Vabadussoja_Ajaloo_Komitee, lk 10
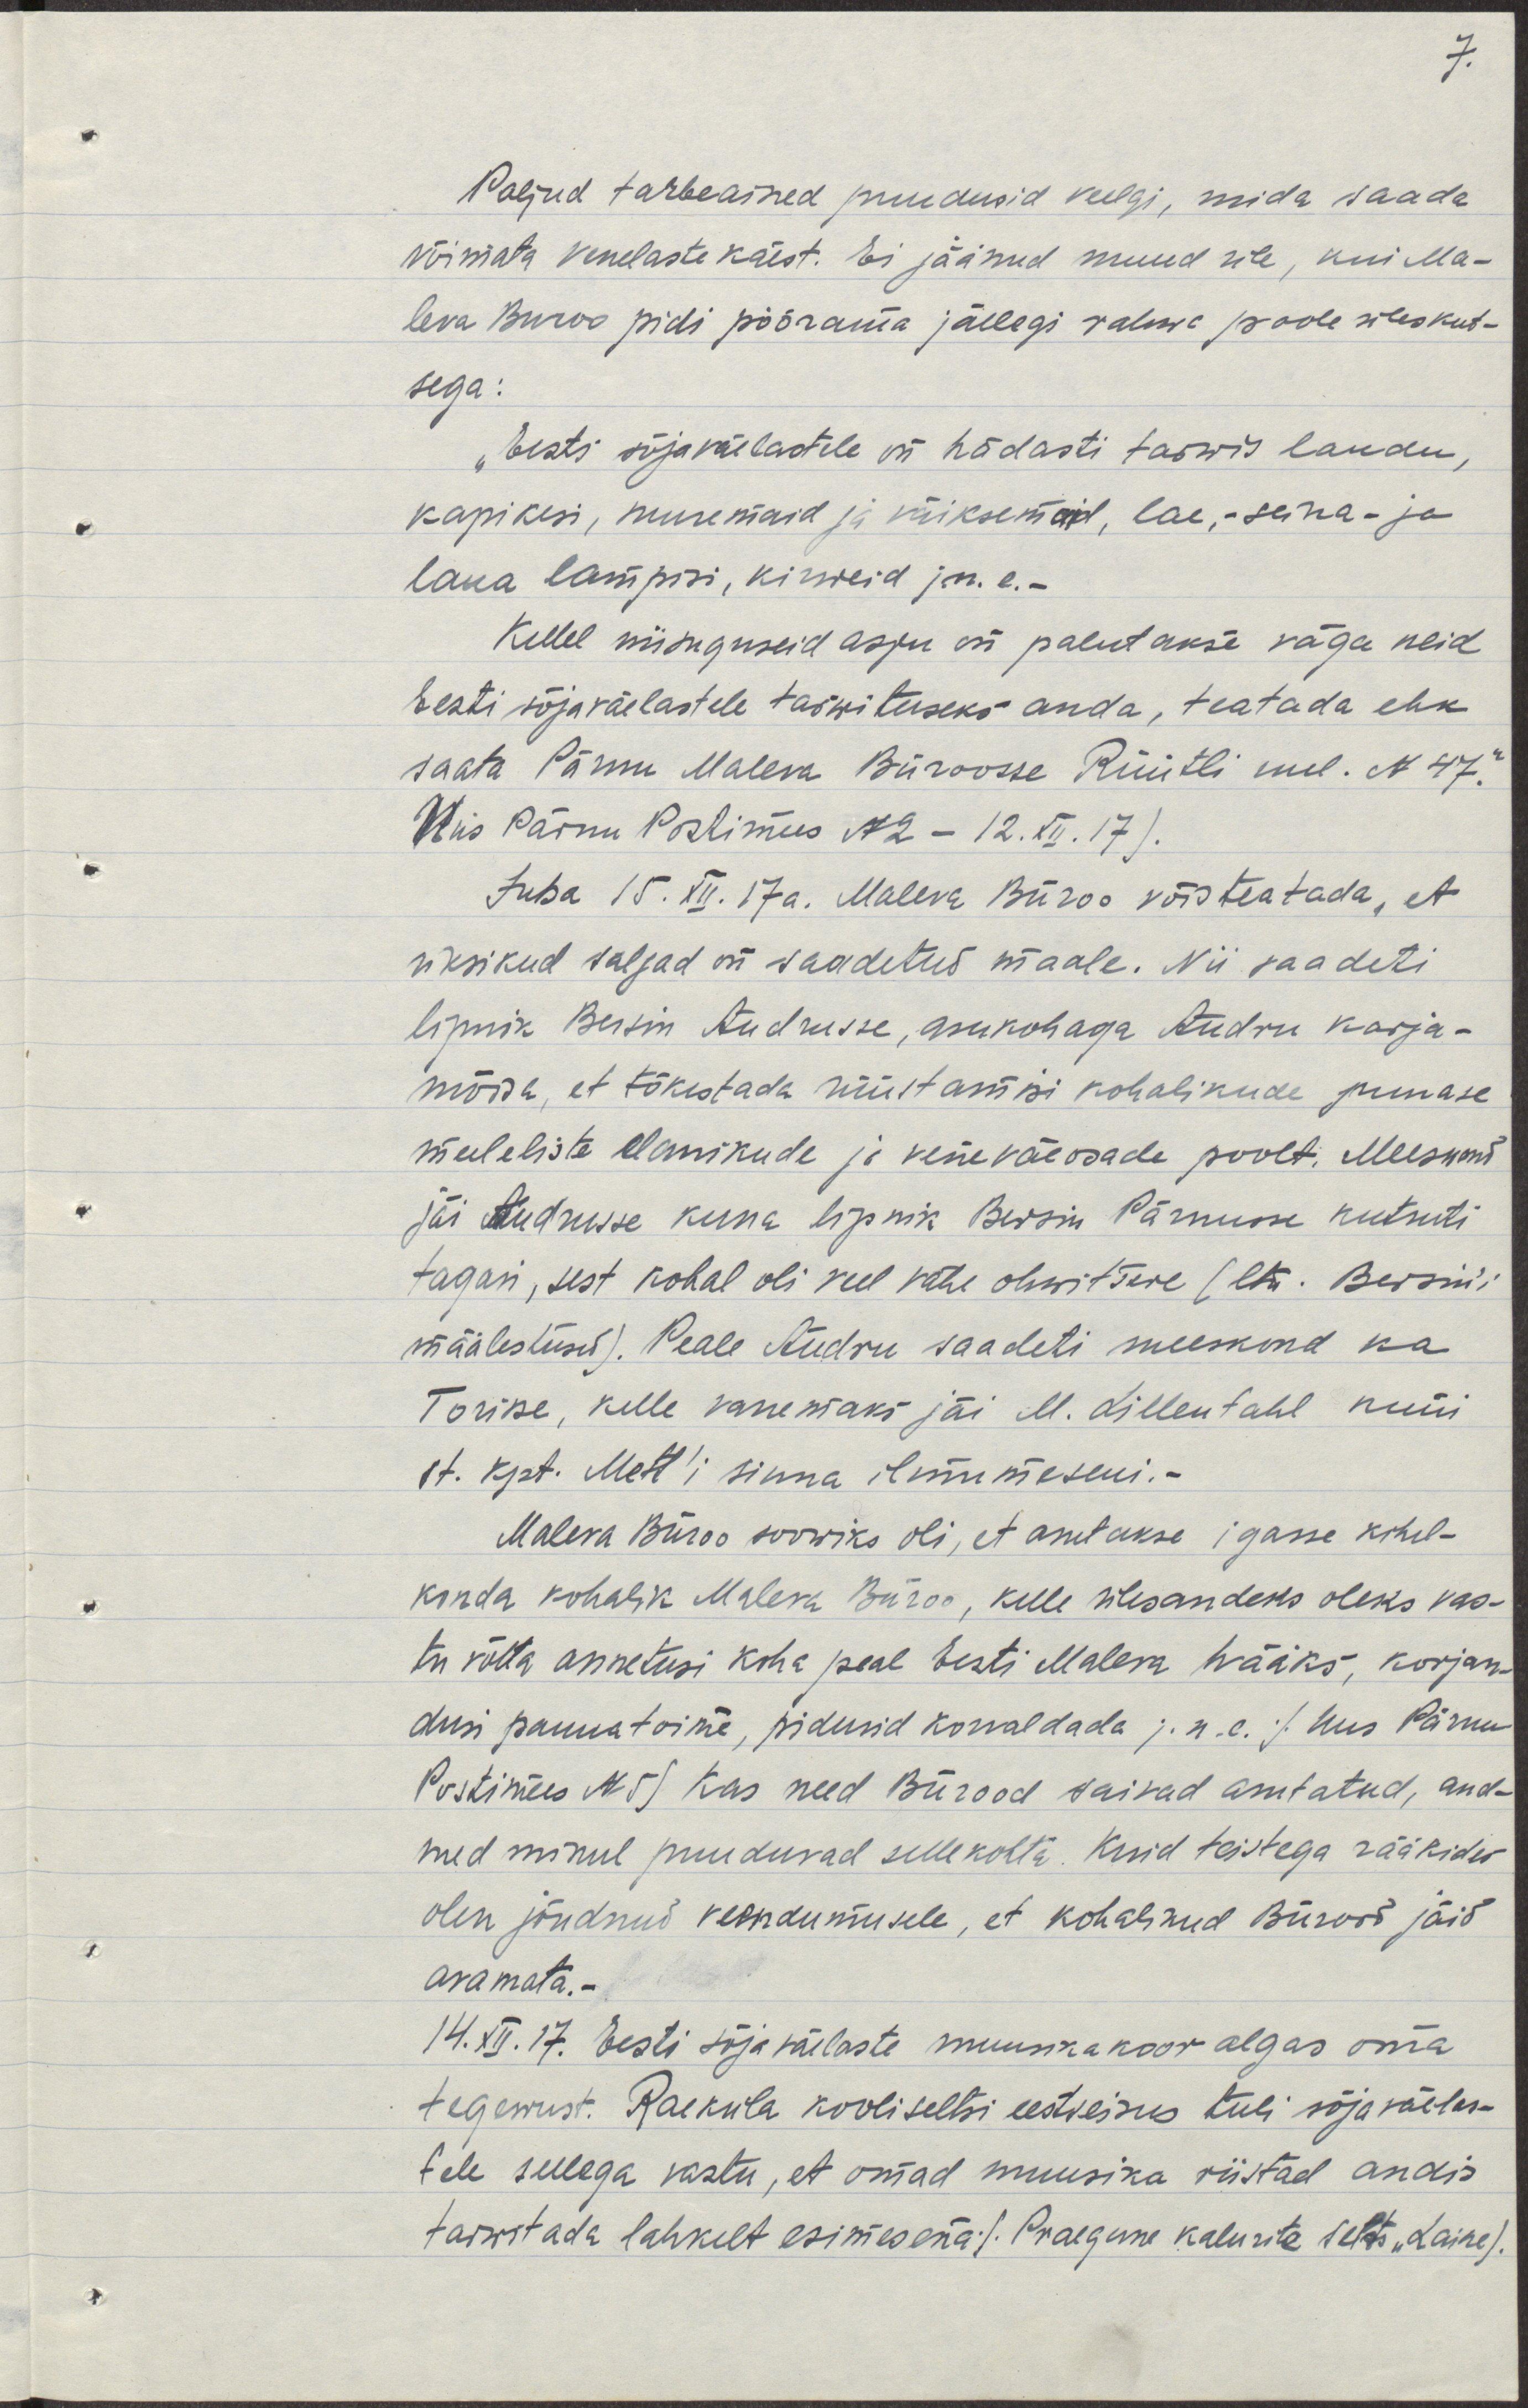
Paljud tarbeained puudusid veelgi, mida saada
võimata venelaste käest. Ei jäänud muud üle, kui Ma-
leva Büroo pidi pöörduma jällegi rahva poole üleskut-
sega:
"Eesti sõjaväelastele on hädasti tarwis laudu,
kapikesi, suuremaid ja väiksemaid, lae,- seina- ja
laua lampisi, kirweid j. n. e.-
Kellel niisuguseid asju on palutakse väga neid
Eesti sõjaväelastele tarwituseks anda, teatada ehk
saata Pärnu Maleva Büroosse Rüütli uul. N 47."
Uus Pärnu Postimees N2 - 12. XII. 17).
Juba 15. XII. 17a. Maleva Büroo võis teatada, et
üksikud salgad on saadetud maale. Nii saadeti
lipnik Bersin Audrusse, asukohaga Audru karja-
mõisa, et tõkestada rüüstamisi nii kohalikude punase
meeleliste elanikude ja vene väeosade poolt. Meeskond
jäi Audrusse kuna lipnik Bersin Pärnusse kutsuti
tagasi, sest kohal oli veel vähe ohwitsere (ltm. Bersini
määlestus). Peale Audru saadeti meeskond ka
Torisse, kelle vanemaks jäi M. Lillentahl kuni
lt. kpt. Mett'i sinna ilmumiseni.-
Maleva Büroo soowiks oli, et asutakse igasse kihel-
konda kohalik Maleva Büroo, kelle ülesandeks oleks vas-
tu võtta annetusi koha peal Eesti Maleva hääks, korjan-
dusi panna toime, pidusid korradada j. n. e. /Uus Pärnu
Postimees N 5) Kas need Bürood saivad asutatud, and-
med minul puuduvad sellekohta kuid teistega rääkides
olen jõudnud veendumusele, et kohalikud Bürood jäid
avamata.
14. XII. 17. Eesti sõjaväelaste muusikakoor algas oma
tegevust. Raekula kooli seltsi eestseisus tuli sõjaväelas-
tele sellega vastu, et omad muusika riistad andis
tarwitada lahkelt esimesena /Praegune kalurite selts "Laine).